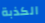
الكذبة